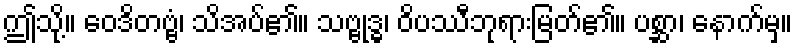
ဤသို့။ ဝေဒိတဗ္ဗံ၊ သိအပ်၏။ သဗ္ဗုဒ္ဓ၊ ဝိပဿီဘုရားမြတ်၏။ ပစ္ဆာ၊ နောက်မှ။